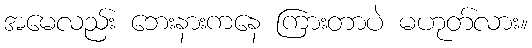
အမေလည်း ဘေးနားကနေ ကြားတာပဲ မဟုတ်လား။